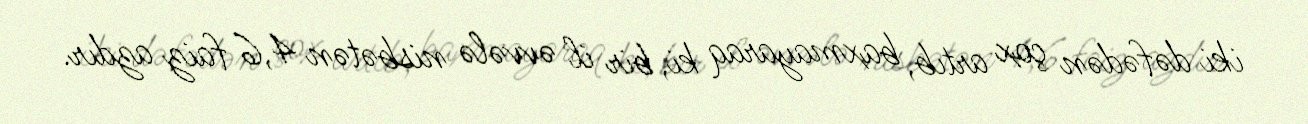
iki dəfədən çox artıb, baxmayaraq ki, bir il əvvələ nisbətən 4,6 faiz azdır.